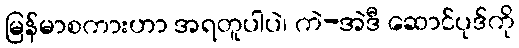
မြန်မာစကားဟာ အရတူပါပဲ၊ ကဲ-အဲဒီ ဆောင်ပုဒ်ကို